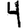
Digit: 4